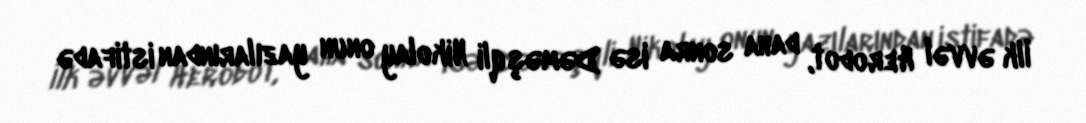
İlk əvvəl Herodot, daha sonra isə Dəməşqli Nikolay onun yazılarından istifadə